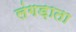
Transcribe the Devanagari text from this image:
लंगड़ाता